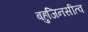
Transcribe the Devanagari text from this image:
बहुजिनसीत्व